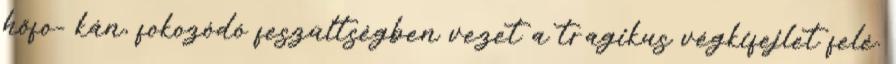
hőfo- kán, fokozódó feszültségben vezet a tragikus végkifejlet felé.